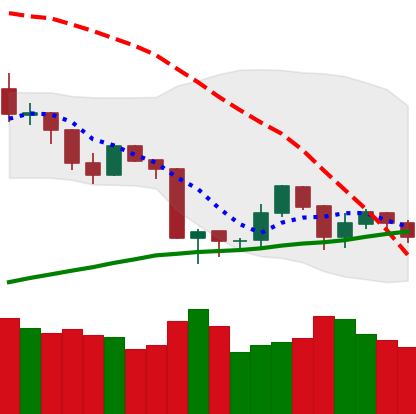
Ticker: ETH-USD
Chart end date: 2019-08-25
Forward return: -9.638%
Label: down_7plus